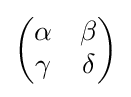
{\begin{pmatrix}\alpha &\beta \\\gamma &\delta \end{pmatrix}}